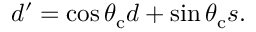
d ^ { \prime } = \cos \theta _ { \mathrm { c } } d + \sin \theta _ { \mathrm { c } } s .